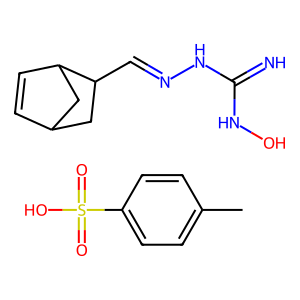
SMILES: Cc1ccc(S(=O)(=O)O)cc1.N=C(NO)NN=CC1CC2C=CC1C2
Inhibits HIV replication: No